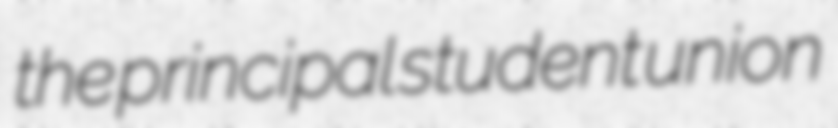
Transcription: the principal student union